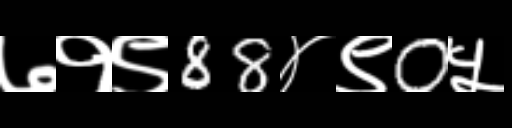
Text: ७१९88४९0५